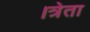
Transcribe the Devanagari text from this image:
।त्रेता